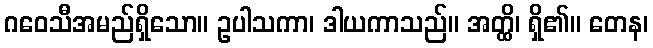
ဂဝေသီအမည်ရှိသော။ ဥပါသကာ၊ ဒါယကာသည်။ အတ္ထိ၊ ရှိ၏။ တေန၊